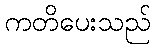
ကတိပေးသည်